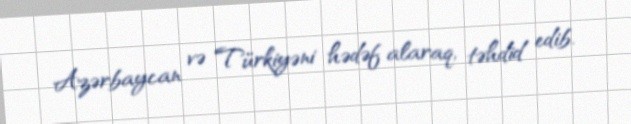
Azərbaycan və Türkiyəni hədəf alaraq, təhdid edib.